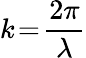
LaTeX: k\! =\! \frac{2\pi}{\lambda}